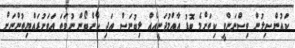
ކައުންސިލުން ވިސްނަންވީ ކިތަށްމެ ބޮޑު އާއްމުދަނީއެއް ލިބުނަސް އަދި ކާންބޯން ނުވަތަ އަވަށުރައްޔިތުންނަށް